Report of the Indian Hemp Drugs Commission, 1894-1895 - Volume III
Year: 1894
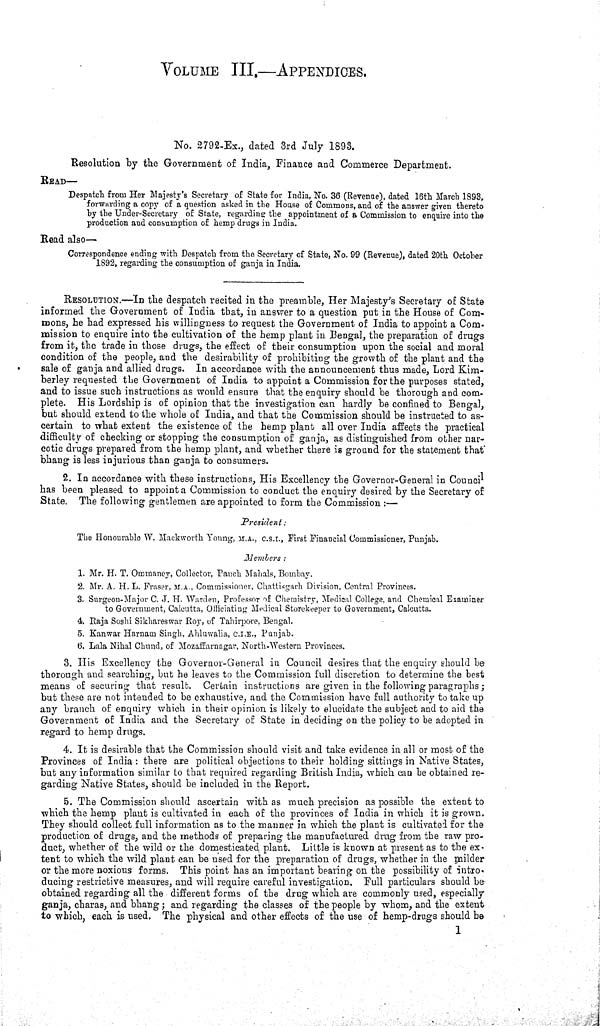
VOLUME III.—APPENDICES.
No. 2792-Ex., dated 3rd July 1893.
Resolution by the Government of India, Finance and Commerce Department.
READ—
Despatch from Her Majesty's Secretary of State for India, No. 36 (Revenue), dated 16th March 1893,
forwarding a copy of a question asked in the House of Commons, and of the answer given thereto
by the Under-Secretary of State, regarding the appointment of a Commission to enquire into the
production and consumption of hemp drugs in India.
Read also—
Correspondence ending with Despatch from the Secretary of State, No. 99 (Revenue), dated 20th October
1892, regarding the consumption of ganja in India.
RESOLUTION.—In the despatch recited in the preamble, Her Majesty's Secretary of State
informed the Government of India that, in answer to a question put in the House of Com-
mons, he had expressed his willingness to request the Government of India to appoint a Com-
mission to enquire into the cultivation of the hemp plant in Bengal, the preparation of drugs
from it, the trade in those drugs, the effect of their consumption upon the social and moral
condition of the people, and the desirability of prohibiting the growth of the plant and the
sale of ganja and allied drugs. In accordance with the announcement thus made, Lord Kim-
berley requested the Government of India to appoint a Commission for the purposes stated,
and to issue such instructions as would ensure that the enquiry should be thorough and com-
plete. His Lordship is of opinion that the investigation can hardly be confined to Bengal,
but should extend to the whole of India, and that the Commission should be instructed to as-
certain to what extent the existence of the hemp plant all over India affects the practical
difficulty of checking or stopping the consumption of ganja, as distinguished from other nar-
cotic drugs prepared from the hemp plant, and whether there is ground for the statement that
bhang is less injurious than ganja to consumers.
2. In accordance with these instructions, His Excellency the Governor-General in Council
has been pleased to appoint a Commission to conduct the enquiry desired by the Secretary of
State. The following gentlemen are appointed to form the Commission:—
President:
The Honourable W. Mackworth Young, M.A., C.S.I., First Financial Commissioner, Punjab.
Members:
1. Mr. H. T. Ommaney, Collector, Panch Mahals, Bombay.
2. Mr. A. H. L. Fraser, M.A., Commissioner, Chattisgarh Division, Central Provinces.
3. Surgeon-Major C. J. H. Warden, Professor of Chemistry, Medical College, and Chemical Examiner
to Government, Calcutta, Officiating Medical Storekeeper to Government, Calcutta.
4. Raja Soshi Sikhareswar Roy, of Tahirpore, Bengal.
5. Kanwar Harnam Singh, Ahluwalia, C.I.E., Punjab.
6. Lala Nihal Chund, of Mozaffarnagar, North-Western Provinces.
3. His Excellency the Governor-General in Council desires that the enquiry should be
thorough and searching, but he leaves to the Commission full discretion to determine the best
means of securing that result. Certain instructions are given in the following paragraphs;
but these are not intended to be exhaustive, and the Commission have full authority to take up
any branch of enquiry which in their opinion is likely to elucidate the subject and to aid the
Government of India and the Secretary of State in deciding on the policy to be adopted in
regard to hemp drugs.
4. It is desirable that the Commission should visit and take evidence in all or most of the
Provinces of India: there are political objections to their holding sittings in Native States,
but any information similar to that required regarding British India, which can be obtained re-
garding Native States, should be included in the Report.
5. The Commission should ascertain with as much precision as possible the extent to
which the hemp plant is cultivated in each of the provinces of India in which it is grown.
They should collect full information as to the manner in which the plant is cultivated for the
production of drugs, and the methods of preparing the manufactured drug from the raw pro-
duct, whether of the wild or the domesticated plant. Little is known at present as to the ex-
tent to which the wild plant can be used for the preparation of drugs, whether in the milder
or the more noxious forms. This point has an important bearing on the possibility of intro-
ducing restrictive measures, and will require careful investigation. Full particulars should be
obtained regarding all the different forms of the drug which are commonly used, especially
ganja, charas, and bhang; and regarding the classes of the people by whom, and the extent
to which, each is used. The physical and other effects of the use of hemp-drugs should be
1